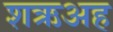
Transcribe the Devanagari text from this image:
शऋअह